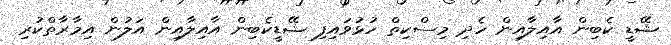
ޝޭޑީ ކެބިން އާއިލާއިން ހެދި މިސްކިތް ހުޅުވައިފި ޝޭޑީކެބިން އާއިލާއިން އަލުން އިމާރާތްކުރި